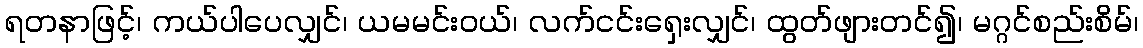
ရတနာဖြင့်၊ ကယ်ပါပေလျှင်၊ ယမမင်းဝယ်၊ လက်ငင်းရှေးလျှင်၊ ထွတ်ဖျားတင်၍၊ မဂ္ဂင်စည်းစိမ်၊